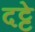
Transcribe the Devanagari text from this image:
दट्टे